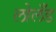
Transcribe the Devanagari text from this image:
लोलँड